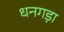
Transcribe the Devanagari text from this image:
धनगड़ा